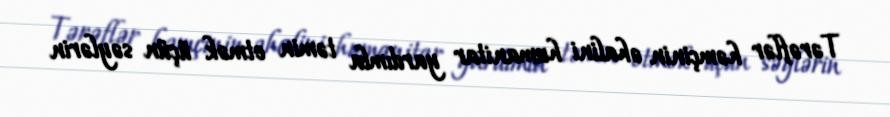
Tərəflər həmçinin əhalini humanitar yardımla təmin etmək üçün səylərin